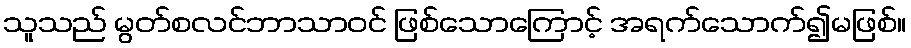
သူသည် မွတ်စလင်ဘာသာဝင် ဖြစ်သောကြောင့် အရက်သောက်၍မဖြစ်။